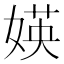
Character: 媖